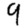
Digit: 9